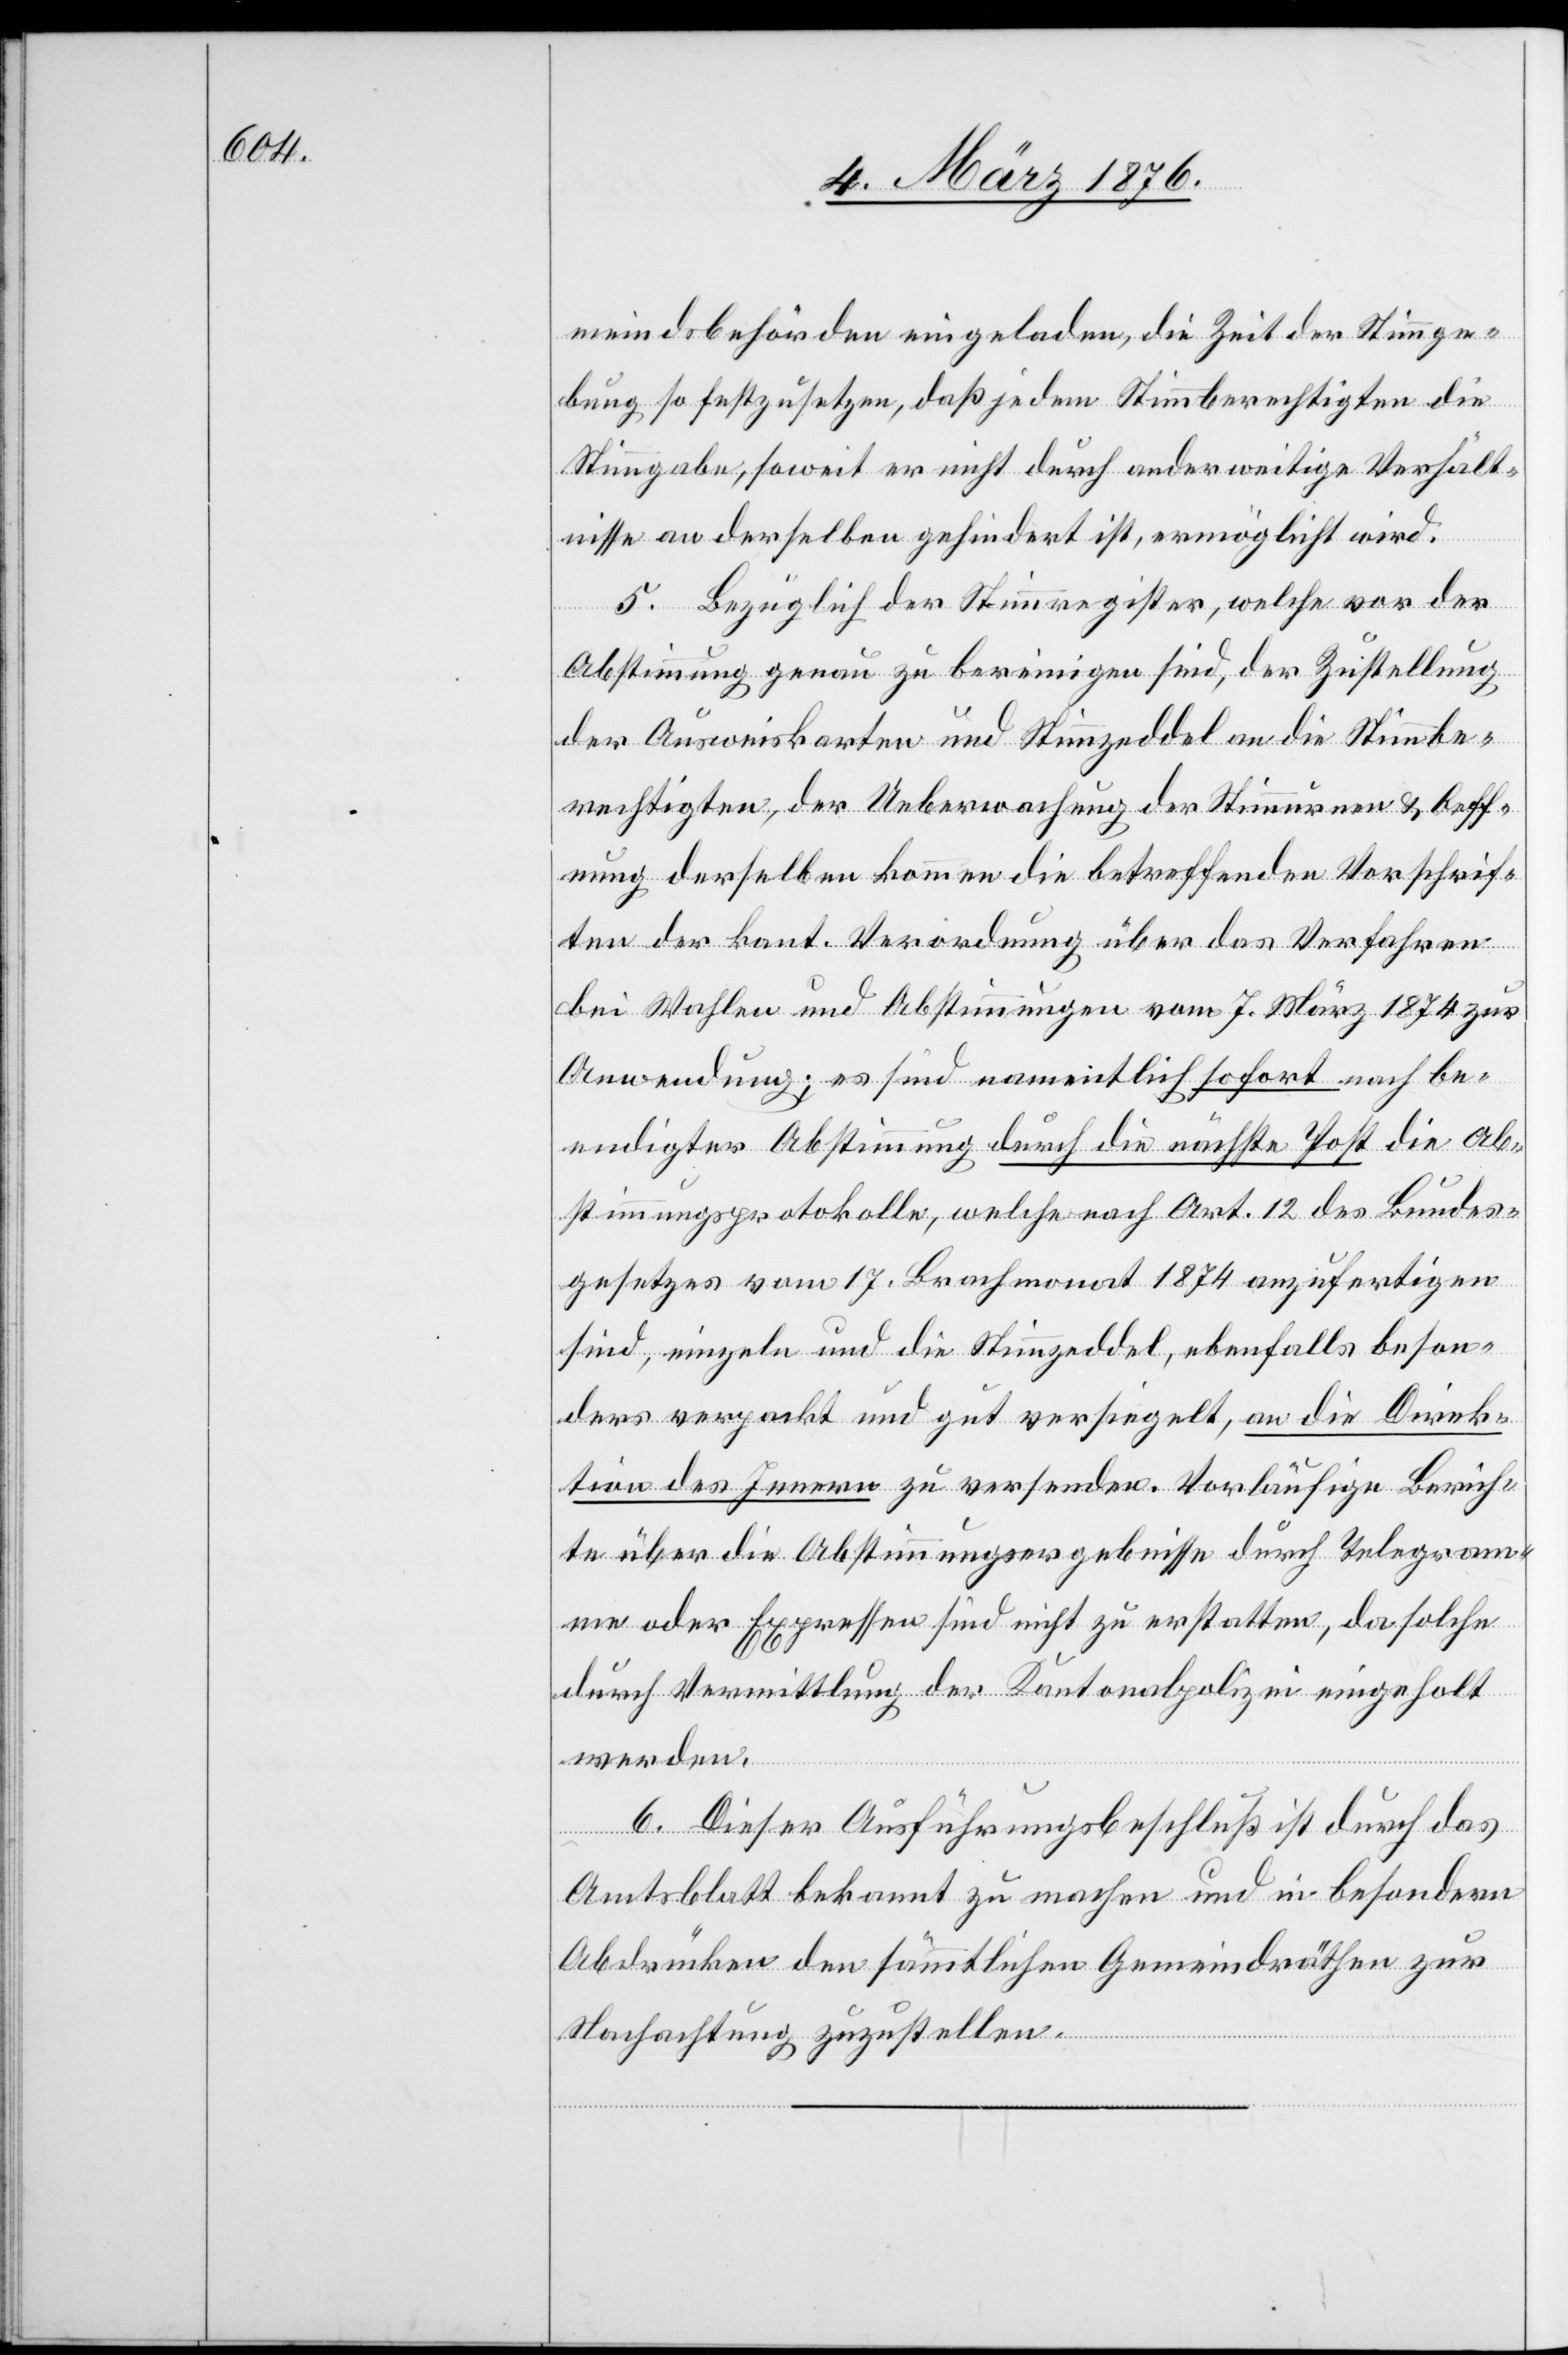
meindsbehörden eingeladen, die Zeit der Stimmge¬
bung so festzusetzen, daß jedem Stimmberechtigten die
Stimmgabe, soweit er nicht durch anderweitige Verhält¬
nisse an derselben gehindert ist, ermöglicht wird.
5. Bezüglich der Stimmregister, welche vor der
Abstimmung genau zu bereinigen sind, der Zustellung
der Ausweiskarten und Stimmzeddel an die Stimmbe¬
rechtigten, der Ueberwachung der Stimmurnen & Oeff¬
nung derselben kommen die betreffenden Vorschrif¬
ten der kant. Verordnung über das Verfahren
bei Wahlen und Abstimmungen vom 7. März 1874 zur
Anwendung; es sind namentlich sofort nach be¬
endigter Abstimmung durch die nächste Post die Ab¬
stimmungsprotokolle, welche nach Art. 12 des Bundes¬
gesetzes vom 17. Brachmonat 1874 anzufertigen
sind, einzeln und die Stimmzeddel, ebenfalls beson¬
ders verpackt und gut versiegelt, an die Direk¬
tion des Innern zu versenden. Vorläufige Berich¬
te über die Abstimmungsergebnisse durch Telegram¬
me oder Expressen sind nicht zu erstatten, da solche
durch Vermittlung der Kantonalpolizei eingeholt
werden.
6. Dieser Ausführungsbeschluß ist durch das
Amtsblatt bekannt zu machen und in besondern
Abdrücken den sämmtlichen Gemeindräthen zur
Nachachtung zuzustellen.